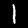
Digit: 1